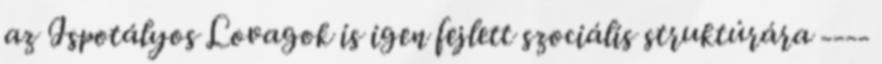
az Ispotályos Lovagok is igen fejlett szociális struktúrára ----